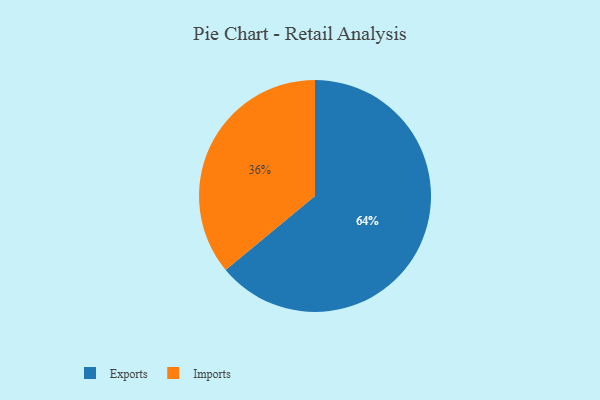
{"axis": {"x": "Category", "y": "Percentage"}, "legend": ["Exports", "Imports"], "data": [{"x": "Imports", "y": 36, "type": "Imports"}, {"x": "Exports", "y": 64, "type": "Exports"}]}